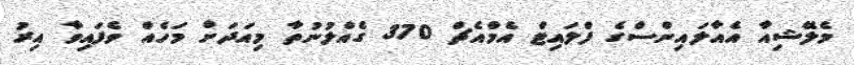
މެލޭޝިއާ އެއާލައިންސްގެ ފްލައިޓް އެމްއެޗް 370 ގެއްލުނުތާ މިއަދަށް މަހެއް ވެފައިވާ އިރު